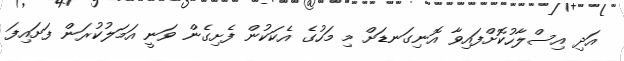
އަދި އިސްލާހުކޮށްފައިވާ އޮނިގަނޑަށް މި މަހުގެ އެކަކުން ފެށިގެން ވަނީ އަމަލުކުރަން ފަށައިފަ